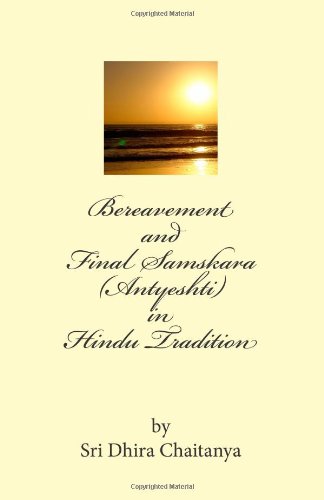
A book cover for Bereavement and Final Samskara (Antyeshti) in Hindu Tradition: Psychology of Bereavement, Last rites in Hinduism, Religious ceremonies during mourning period and thereafter, life after death.; Sri Dhira Chaitanya; Religion & Spirituality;